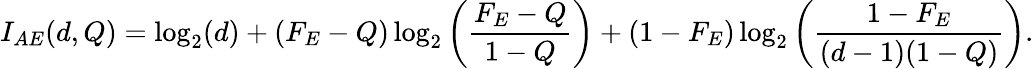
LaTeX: I_{AE}(d,Q)=\log_{2}(d)+(F_{E}-Q)\log_{2}\left(\frac{F_{E}-Q}{1-Q}\right)+(1-F_{E})\log_{2}\left(\frac{1-F_{E}}{(d-1)(1-Q)}\right).